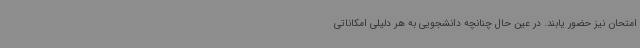
امتحان نیز حضور یابند. در عین حال چنانچه دانشجویی به هر دلیلی امکاناتی